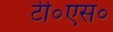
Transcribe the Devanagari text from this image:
टी०एस०